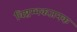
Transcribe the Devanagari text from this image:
विष्टम्भकजनक